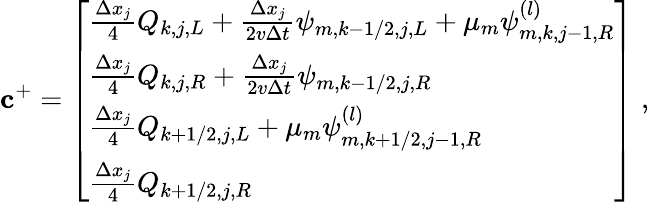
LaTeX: \mathbf{c}^{+}=\left[\begin{array}{l}{\frac{\Delta x_{j}}{4}Q_{k,j,L}+\frac{\Delta x_{j}}{2v\Delta t}\psi_{m,k-1/2,j,L}+\mu_{m}\psi_{m,k,j-1,R}^{(l)}}\\ {\frac{\Delta x_{j}}{4}Q_{k,j,R}+\frac{\Delta x_{j}}{2v\Delta t}\psi_{m,k-1/2,j,R}}\\ {\frac{\Delta x_{j}}{4}Q_{k+1/2,j,L}+\mu_{m}\psi_{m,k+1/2,j-1,R}^{(l)}}\\ {\frac{\Delta x_{j}}{4}Q_{k+1/2,j,R}}\end{array}\right]\; ,